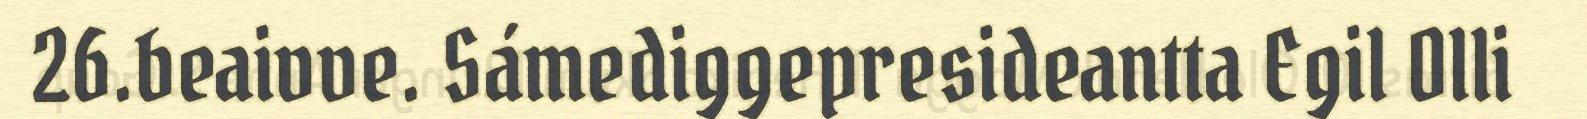
26.beaivve. Sámediggepresideantta Egil Olli